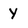
Character: y